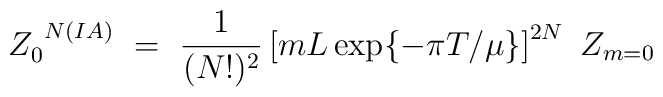
Z_0^{~N(IA)}~=~ \frac{1}{(N!)^2}\left[mL\exp\{-\pi T/\mu\} \right]^{2N}~Z_{m=0}